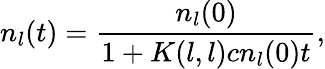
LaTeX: n_{l}(t)=\frac{n_{l}(0)}{1+K(l,l)cn_{l}(0)t},